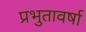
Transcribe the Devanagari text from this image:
प्रभुतावर्षा